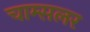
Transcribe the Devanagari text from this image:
चाम्सलर